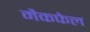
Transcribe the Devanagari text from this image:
मैकफेल